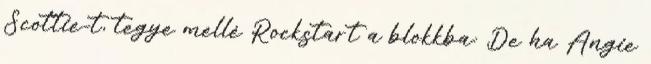
Scottie-t, tegye mellé Rockstart a blokkba: De ha Angie